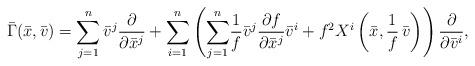
LaTeX: \begin{align*}\bar{\Gamma}(\bar x,\bar v)= {\displaystyle\sum_{j=1}^n\bar{v}^{j}\frac{\partial}{\partial \bar{x}^{j}}}+{\displaystyle\sum_{i=1}^n}\left({\displaystyle\sum_{j=1}^n}\frac{1}{f}\bar{v}^{j}\frac{\partial f}{\partial \bar x^{j}}\bar{v}^{i}+f^{2}X^{i}\left (\bar x, \dfrac 1f \,\bar v\right)\right)\frac{\partial}{\partial \bar{v}^{i}}, \end{align*}